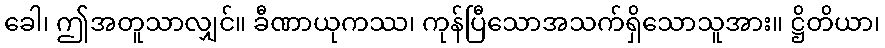
ခေါ၊ ဤအတူသာလျှင်။ ခီဏာယုကဿ၊ ကုန်ပြီသောအသက်ရှိသောသူအား။ ဋ္ဌိတိယာ၊